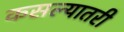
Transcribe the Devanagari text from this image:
कसल्यातरी